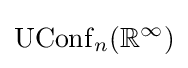
\operatorname {UConf} _{n}(\mathbb {R} ^{\infty })